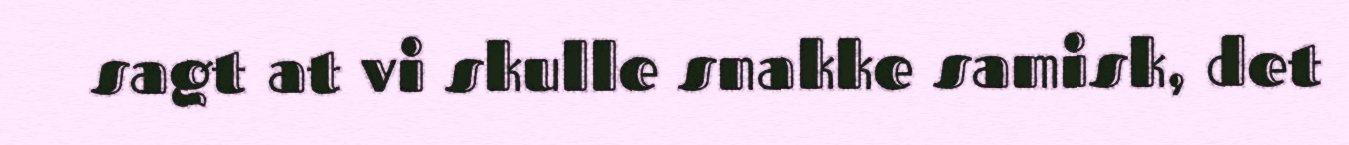
sagt at vi skulle snakke samisk, det